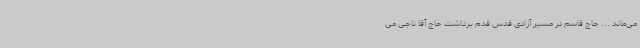
می‌ماند ... حاج قاسم در مسیر آزادی قدس قدم برداشت حاج آقا ناجی می